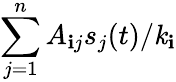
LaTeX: \sum_{j=1}^{n}A_{\mathbf{i}j}s_{j}(t)/{\mathit{k}_{\mathbf{i}}}